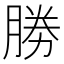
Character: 勝